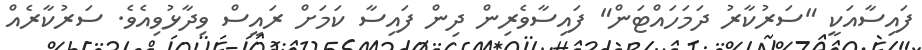
ފައިސާއަކީ "ސަރުކާރު ދަމަހައްޓަން" ފައިސާވެރިން ދިން ފައިސާ ކަމަށް ރައީސް ވިދާޅުވިއެވެ. ސަރުކާރެއް